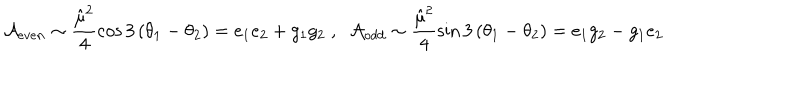
LaTeX: { \cal A } _ { e v e n } \sim \frac { { \hat { \mu } } ^ { 2 } } 4 \cos 3 \left( \theta _ { 1 } - \theta _ { 2 } \right) = e _ { 1 } e _ { 2 } + g _ { 1 } g _ { 2 } \; , \; \; { \cal A } _ { o d d } \sim \frac { { \hat { \mu } } ^ { 2 } } 4 \sin 3 \left( \theta _ { 1 } - \theta _ { 2 } \right) = e _ { 1 } g _ { 2 } - g _ { 1 } e _ { 2 }